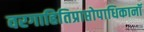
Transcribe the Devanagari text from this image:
वरगाहितिप्राप्तोपाधिकानॉ